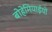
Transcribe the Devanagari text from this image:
बोहेमियाईयों